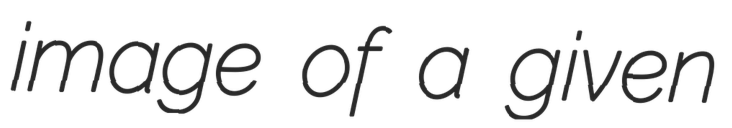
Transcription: image of a given